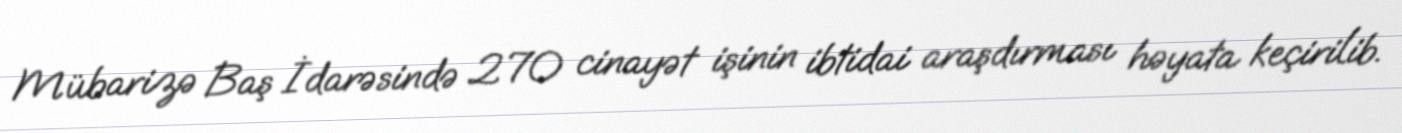
Mübarizə Baş İdarəsində 270 cinayət işinin ibtidai araşdırması həyata keçirilib.